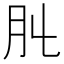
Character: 𦘳